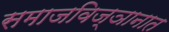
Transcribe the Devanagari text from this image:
समाजविज्ञानात